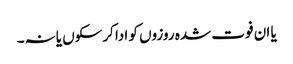
یا ان فوت شدہ روزوں کو ادا کرسکوں یانہ۔